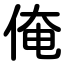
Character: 俺